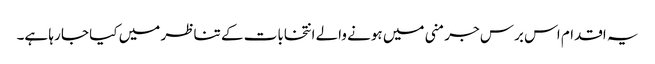
یہ اقدام اس برس جرمنی میں ہونے والے انتخابات کے تناظر میں کیا جا رہا ہے۔